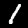
Digit: 1